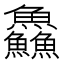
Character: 鱻